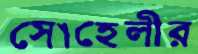
সোহেলীর